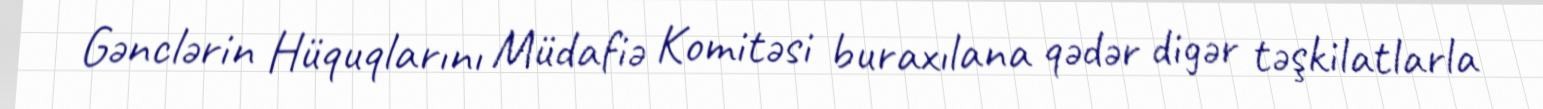
Gənclərin Hüquqlarını Müdafiə Komitəsi buraxılana qədər digər təşkilatlarla